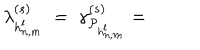
\lambda _ { h _ { n , m } ^ { l } } ^ { ( s ) } \; = \; \gamma _ { { \cal P } _ { h _ { n , m } ^ { l } } } ^ { ( s ) } =